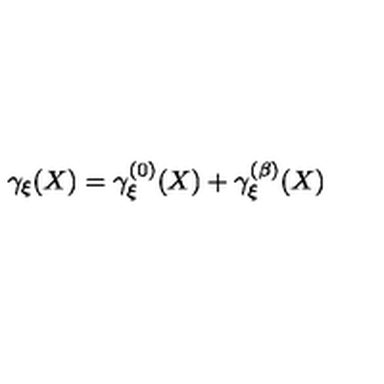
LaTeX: \gamma _ { \xi } ( X ) = \gamma _ { \xi } ^ { ( 0 ) } ( X ) + \gamma _ { \xi } ^ { ( \beta ) } ( X )